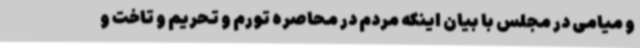
و میامی در مجلس با بیان اینکه مردم در محاصره تورم و تحریم و تاخت و